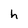
Character: h